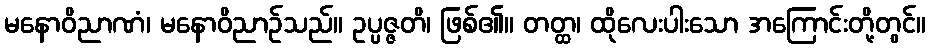
မနောဝိညာဏံ၊ မနောဝိညာဉ်သည်။ ဥပ္ပဇ္ဇတိ၊ ဖြစ်၏။ တတ္ထ၊ ထိုလေးပါးသော အကြောင်းတို့တွင်။